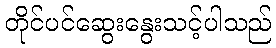
တိုင်ပင်ဆွေးနွေးသင့်ပါသည်